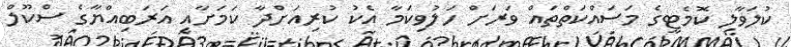
ކުލަވާލި ކޮމެޓީގެ މަސައްކަތްތައް ވަރަށް ހަލުވިކަމާ އެކު ކުރިއަށްދާ ކަމަށާއި އަރަބިއްޔާގެ ސްކޫލް